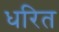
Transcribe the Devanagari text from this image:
धरित